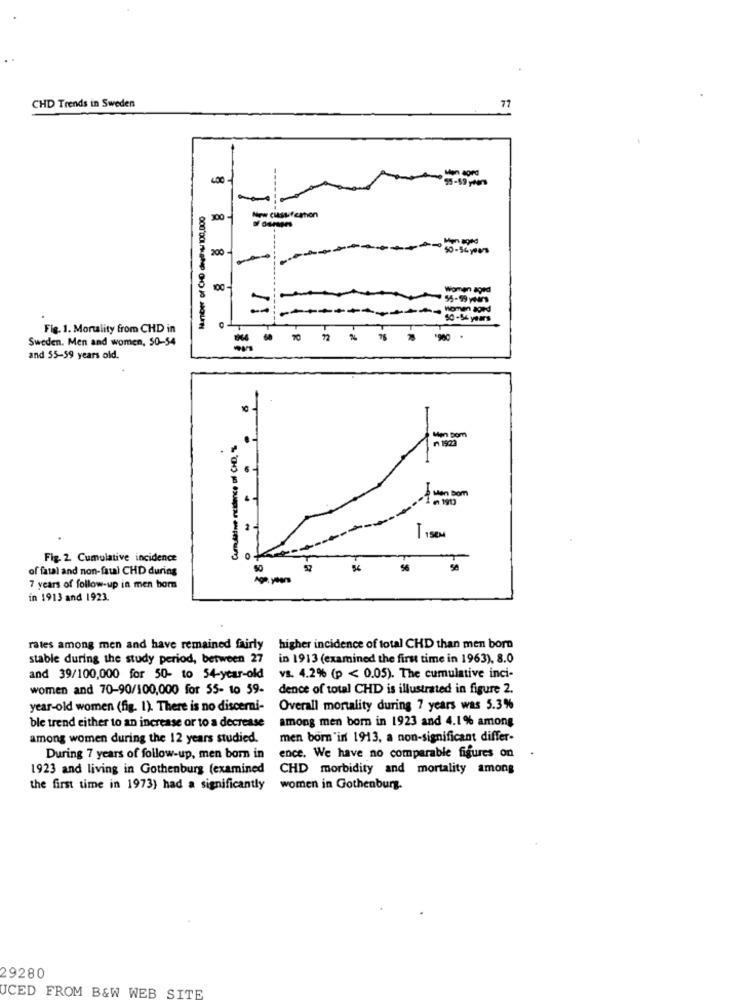
CHD Trends in Sweden
77
300
200
50-54yes
100
Women aged
55-99 years
Women aged
50 -56 years
Fig. 1. Mortality from CHD in
Sweden. Men and women, 50-54
9 70 72
%
-
and 55-59 years old.
Cumulative incidence of CHD. %
n 1903
Men Dom
T
Men Bom
...
2
TISEM
Fig. 2. Cumulative incidence
of fatal and non-fatal CHD during
50
54
56
50
7 years of follow-up in men bom
in 1913 and 1923.
rates among men and have remained fairly higher incidence of total CHD than men boro
stable during the study period, between 27
in 1913 (examined the first time in 1963), 8.0
and 39/100,000 for 50- to 54-year-old
vs. 4.2% (p < 0.05). The cumulative inci-
women and 70-90/100,000 for 55- to 59-
dence of total CHD is illustrated in figure 2.
year-old women (fig. 1). There is no discerni-
Overall mortality during 7 years was 5.3%
among men born in 1923 and 4.1% among
ble trend either to an increase or to a decrease
among women during the 12 years studied.
men bom 'in 1913, a non-significant differ-
ence. We have no comparable figures on
During 7 years of follow-up, men born in
1923 and living in Gothenburg (examined
CHD morbidity and mortality among
the first time in 1973) had a significantly
women in Gothenburg.
29280
JCED FROM B&W WEB SITE